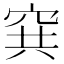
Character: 𥥡